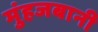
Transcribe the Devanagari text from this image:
मुंहजबानी